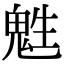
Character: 𩲵